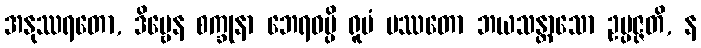
အနုဿရတော, ဒိဗ္ဗေန စက္ခုနာ ဘေရဝမ္ပိ ရူပံ ပဿတော ဘယသန္တာသော ဥပ္ပဇ္ဇတိ, န